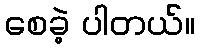
စေခဲ့ ပါတယ်။